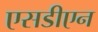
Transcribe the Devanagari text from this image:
एसडीएन